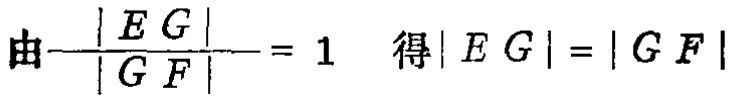
由\(\frac{| E G |}{| G F |}= 1\) 得\(| E G |=| G F |\)